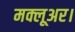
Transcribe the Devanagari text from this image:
मक्लूअर।